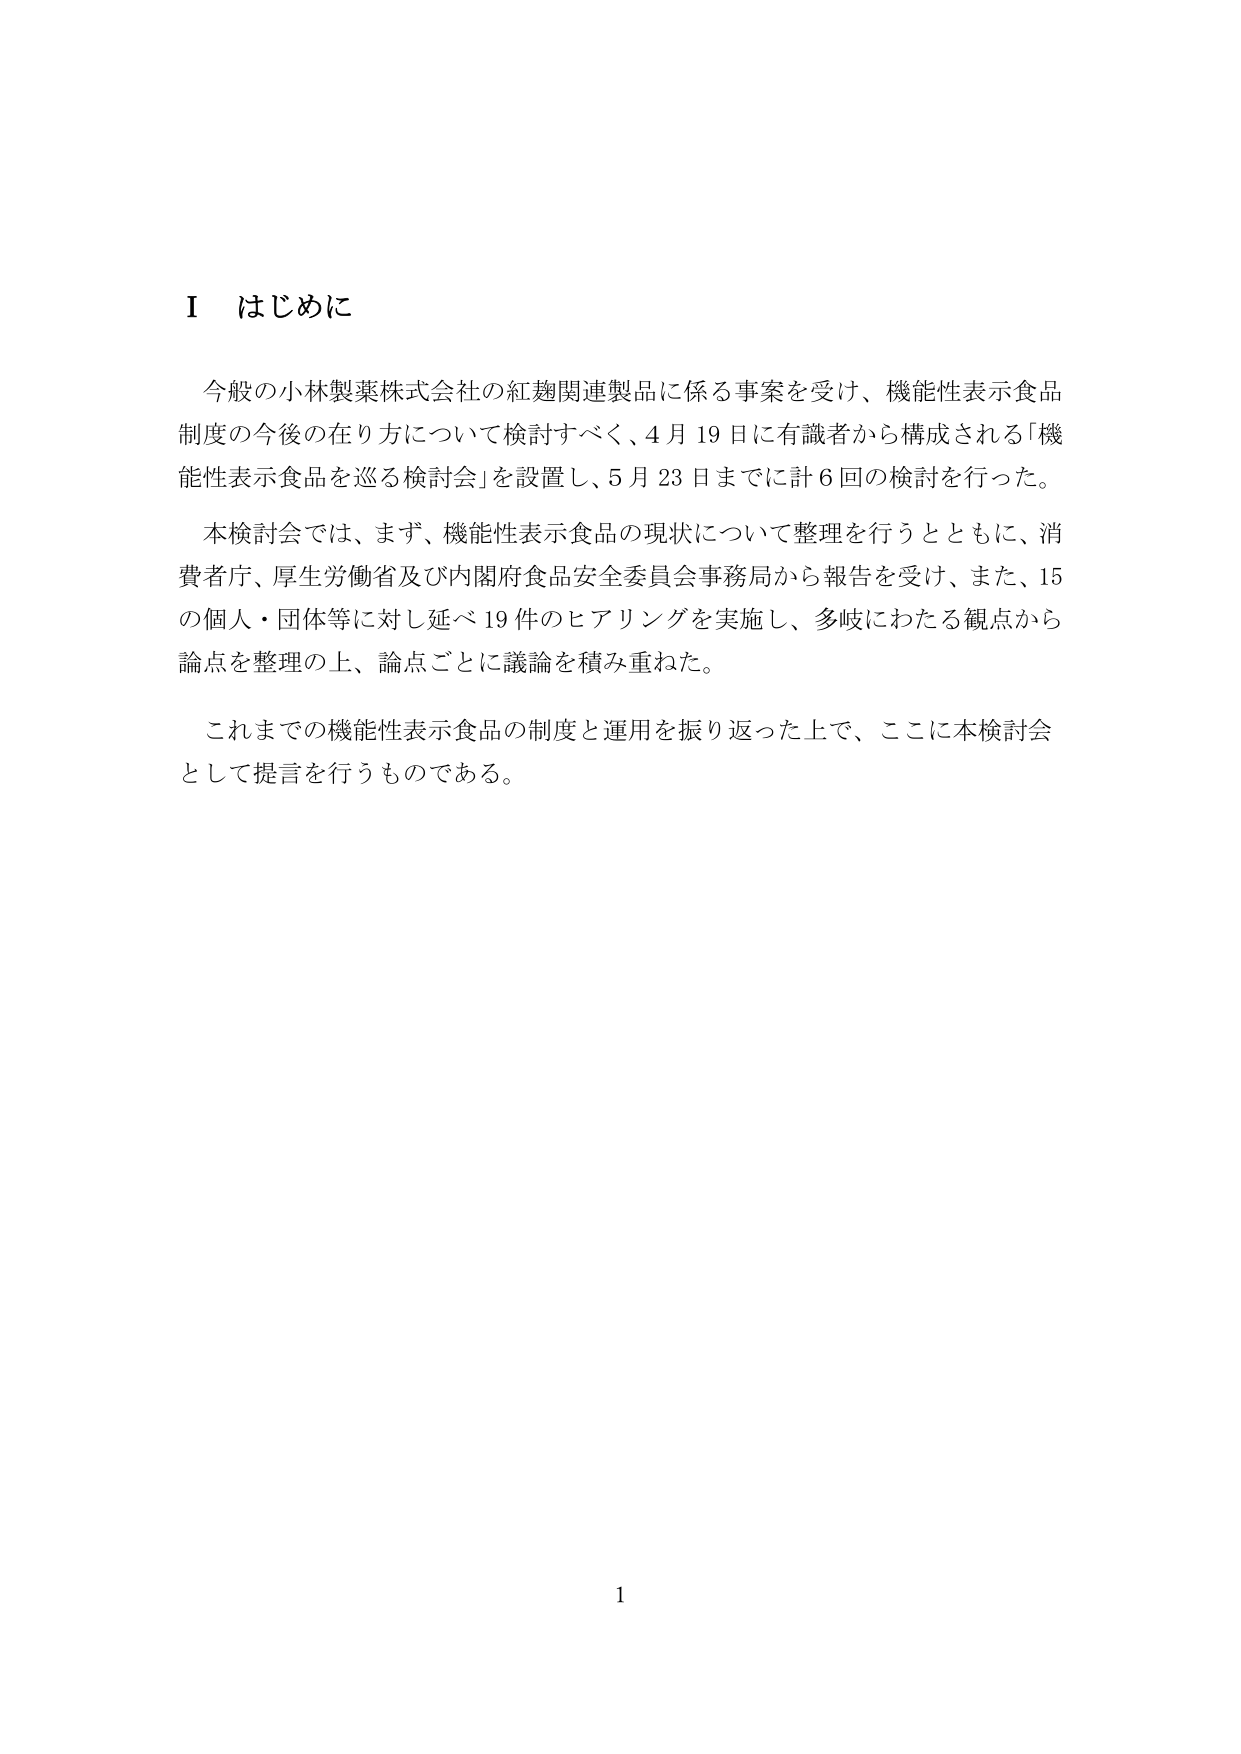
Ⅰ はじめに

今般の小林製薬株式会社の紅麹関連製品に係る事案を受け、機能性表示食品制度の今後の在り方について検討すべく、4月19日に有識者から構成される「機能性表示食品を巡る検討会」を設置し、5月23日までに計6回の検討を行った。

本検討会では、まず、機能性表示食品の現状について整理を行うとともに、消費者庁、厚生労働省及び内閣府食品安全委員会事務局から報告を受け、また、15の個人・団体等に対し延べ19件のヒアリングを実施し、多岐にわたる観点から論点を整理の上、論点ごとに議論を積み重ねた。

これまでの機能性表示食品の制度と運用を振り返った上で、ここに本検討会として提言を行うものである。

1